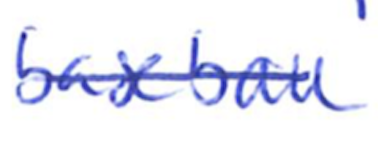
Text: baseball
Cross-out: single-line
Writing tool: ballpoint